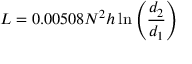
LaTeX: L = 0 . 0 0 5 0 8 N ^ { 2 } h \ln \left( { \frac { d _ { 2 } } { d _ { 1 } } } \right)